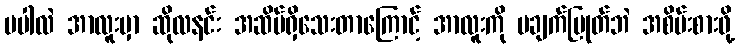
မပါလဲ အာလူးမှာ ဆိုလနင်း အဆိပ်ရှိသေးတာကြောင့် အာလူးကို မချက်ပြုတ်ဘဲ အစိမ်းစားဖို့